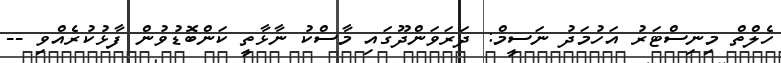
ހެލްތް މިނިސްޓަރު އަހުމަދު ނަސީމް: ދަރަވަންދޫގައި މާސްކު ނާޅާތީ ކަންބޮޑުވުން ފާޅުކުރެއްވި --